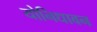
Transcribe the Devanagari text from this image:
योनिधावन